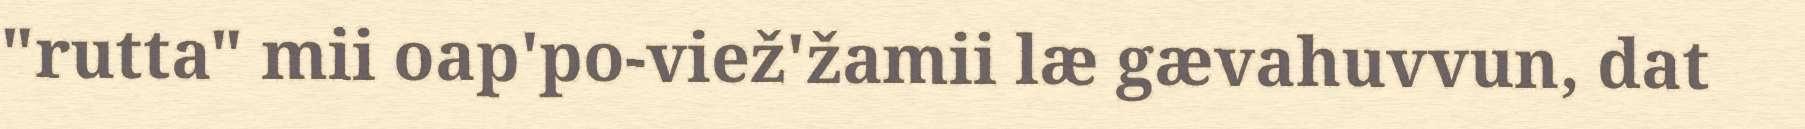
"rutta" mii oap'po-viež'žamii læ gævahuvvun, dat